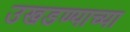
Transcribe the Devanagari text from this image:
उखडण्याच्या